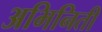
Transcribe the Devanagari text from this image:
अभिनिती